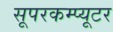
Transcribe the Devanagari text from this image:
सूपरकम्प्यूटर